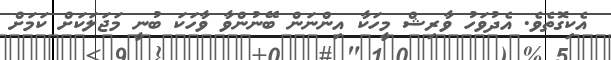
އެކިގޮތެވެ. އެދުވަހު ވާރިޝް މީހަކާ އިންނަން ބޭނުންވާ ވާހަކަ ބުނީ މަޖަލަކަށް ކަމަށް